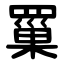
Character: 罺